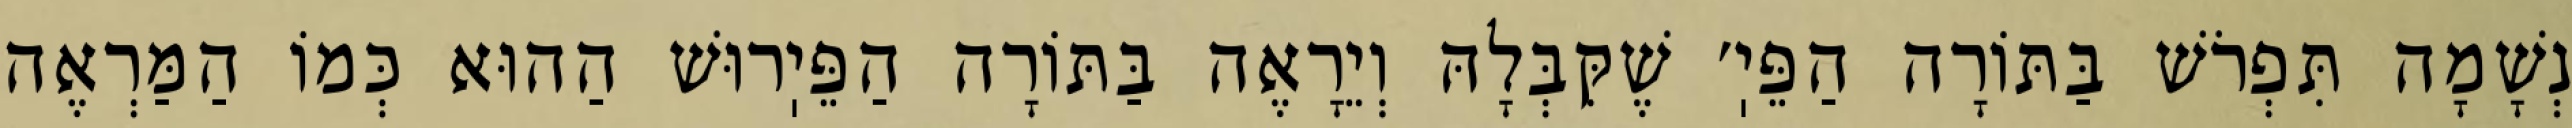
נְשָׁמָה תִּפְרֹשׁ בַּתּוֹרָה הַפֵּיֽ׳ שֶׁקִּבְּלָהּ וְיֵרָאֶה בַּתּוֹרָה הַפֵּיֽרוּשׁ הַהוּא כְּמוֹ הַמַּרְאֶה